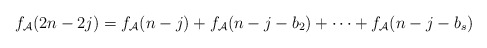
\begin{align*}f_{\mathcal{A}}(2n-2j)=f_{\mathcal{A}}(n-j)+f_{\mathcal{A}}(n-j-b_2)+\cdots+f_{\mathcal{A}}(n-j-b_s)\end{align*}